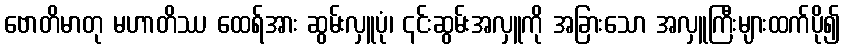
ဗောတိမာတု မဟာတိဿ ထေရ်အား ဆွမ်းလှူပုံ၊ ၎င်းဆွမ်းအလှူကို အခြားသော အလှူကြီးများထက်ပို၍